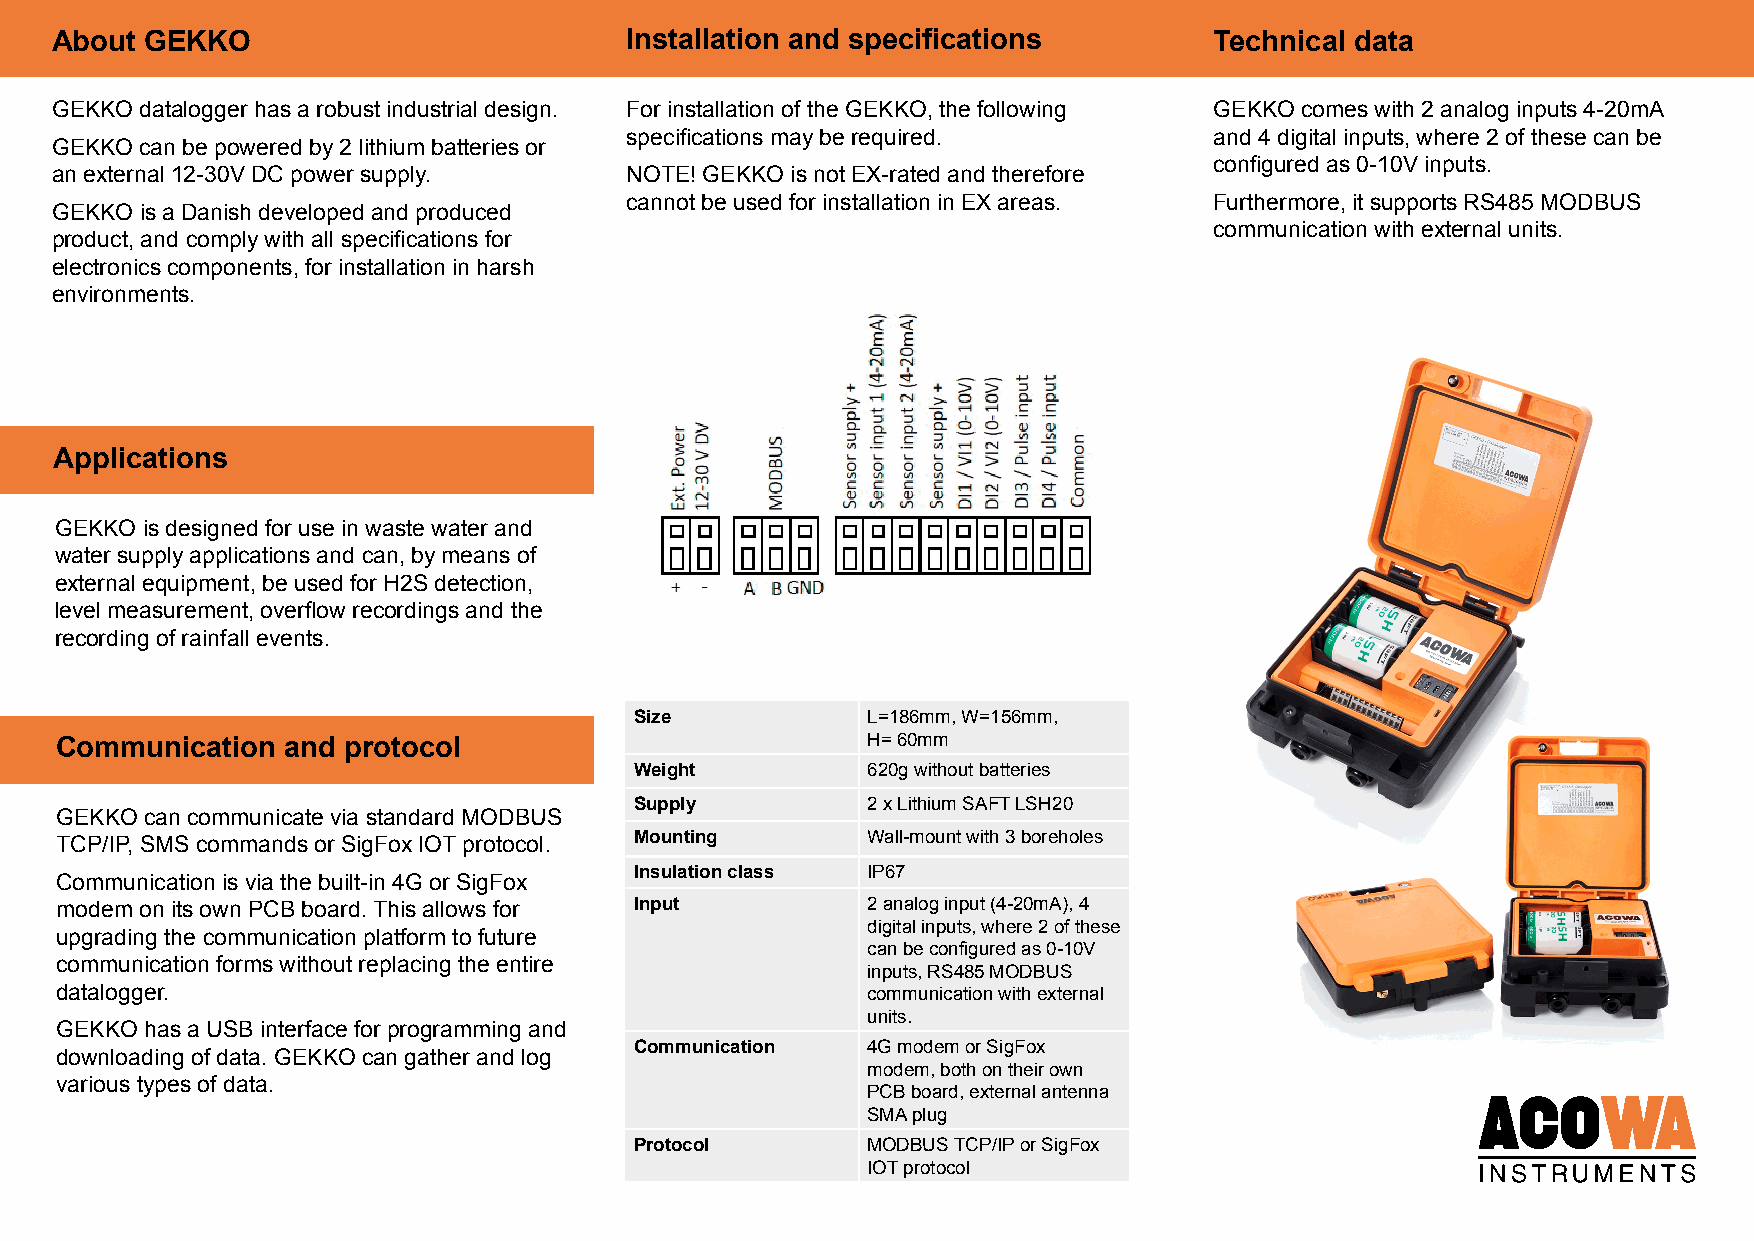
About  GEKKO                          Installation and specifications        Technical data
 GEKKO datalogger has a robust industrial design. For installation of the GEKKO, the following GEKKO comes with 2 analog inputs 4-20mA
 specifications may be required.        and 4 digital inputs, where 2 of these can be
 GEKKO can be powered by 2 lithium batteries or
 configured as 0-10V inputs.
 an external 12-30V DC power supply.   NOTE! GEKKO is not EX-rated and therefore
 cannot be used for installation in EX areas. Furthermore, it supports RS485 MODBUS
 GEKKO is a Danish developed and produced
 communication with external units.
 product, and comply with all specifications for
 electronics components, for installation in harsh
 environments.
 Applications
 GEKKO is designed for use in waste water and
 water supply applications and can, by means of
 external equipment, be used for H2S detection,
 level measurement, overflow recordings and the
 recording of rainfall events.
 Size           L=186mm, W=156mm,
 Communication  and protocol                          H= 60mm
 Weight         620g without batteries
 Supply         2 x Lithium SAFT LSH20
 GEKKO can communicate via standard MODBUS
 TCP/IP, SMS commands or SigFox IOT protocol. Mounting Wall-mount with 3 boreholes
 Insulation class IP67
 Communication is via the built-in 4G or SigFox
 modem on its own PCB board. This allows for Input    2 analog input (4-20mA), 4
 digital inputs, where 2 of these
 upgrading the communication platform to future
 can be configured as 0-10V
 communication forms without replacing the entire
 inputs, RS485 MODBUS
 datalogger.                                          communication with external
 units.
 GEKKO has a USB interface for programming and
 Communication  4G modem or SigFox
 downloading of data. GEKKO can gather and log
 modem, both on their own
 various types of data.
 PCB board, external antenna
 SMA plug
 Protocol       MODBUS TCP/IP or SigFox
 IOT protocol